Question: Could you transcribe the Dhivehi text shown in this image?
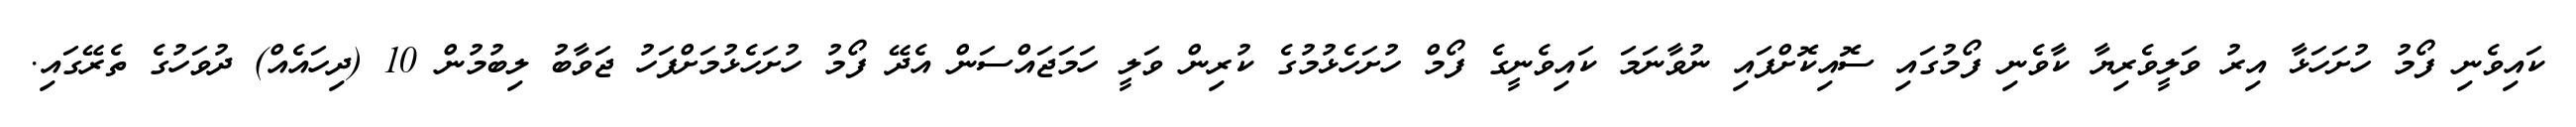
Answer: ކައިވެނި ފޯމު ހުށަހަޅާ އިރު ވަލީވެރިޔާ ކާވެނި ފޯމުގައި ސޮއިކޮށްފައި ނުވާނަމަ ކައިވެނީގެ ފޯމް ހުށަހެޅުމުގެ ކުރިން ވަލީ ހަމަޖައްސަން އެދޭ ފޯމު ހުށަހެޅުމަށްފަހު ޖަވާބު ލިބުމުން 10 (ދިހައެއް) ދުވަހުގެ ތެރޭގައި.